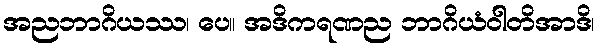
အညဘာဂိယဿ၊ ပေ။ အဒိကရဏည ဘာဂိယံဝါတိအာဒိ၊